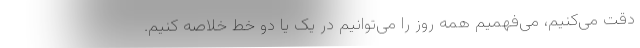
دقت می‌کنیم، می‌فهمیم همه روز را می‌توانیم در یک یا دو خط خلاصه کنیم.